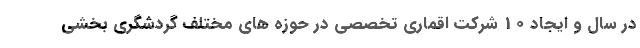
در سال و ایجاد 10 شرکت اقماری تخصصی در حوزه های مختلف گردشگری بخشی